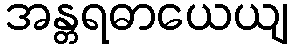
အန္တရဓာယေယျ